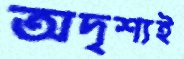
অদৃশ্যই